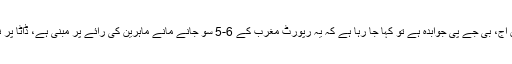
لیکن آج، بی جے پی جوابدہ ہے تو کہا جا رہا ہے کہ یہ رپورٹ مغرب کے 6-5 سو جانے مانے ماہرین کی رائے پر مبنی ہے، ڈاٹا پر نہیں۔